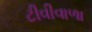
ટીવીવાળા